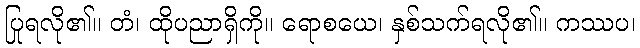
ပြုရလို၏။ တံ၊ ထိုပညာရှိကို။ ရောစယေ၊ နှစ်သက်ရလို၏။ ကဿပ၊